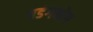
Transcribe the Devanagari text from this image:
षडंगयोग